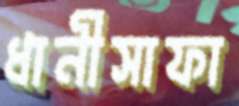
ধানীসাফা